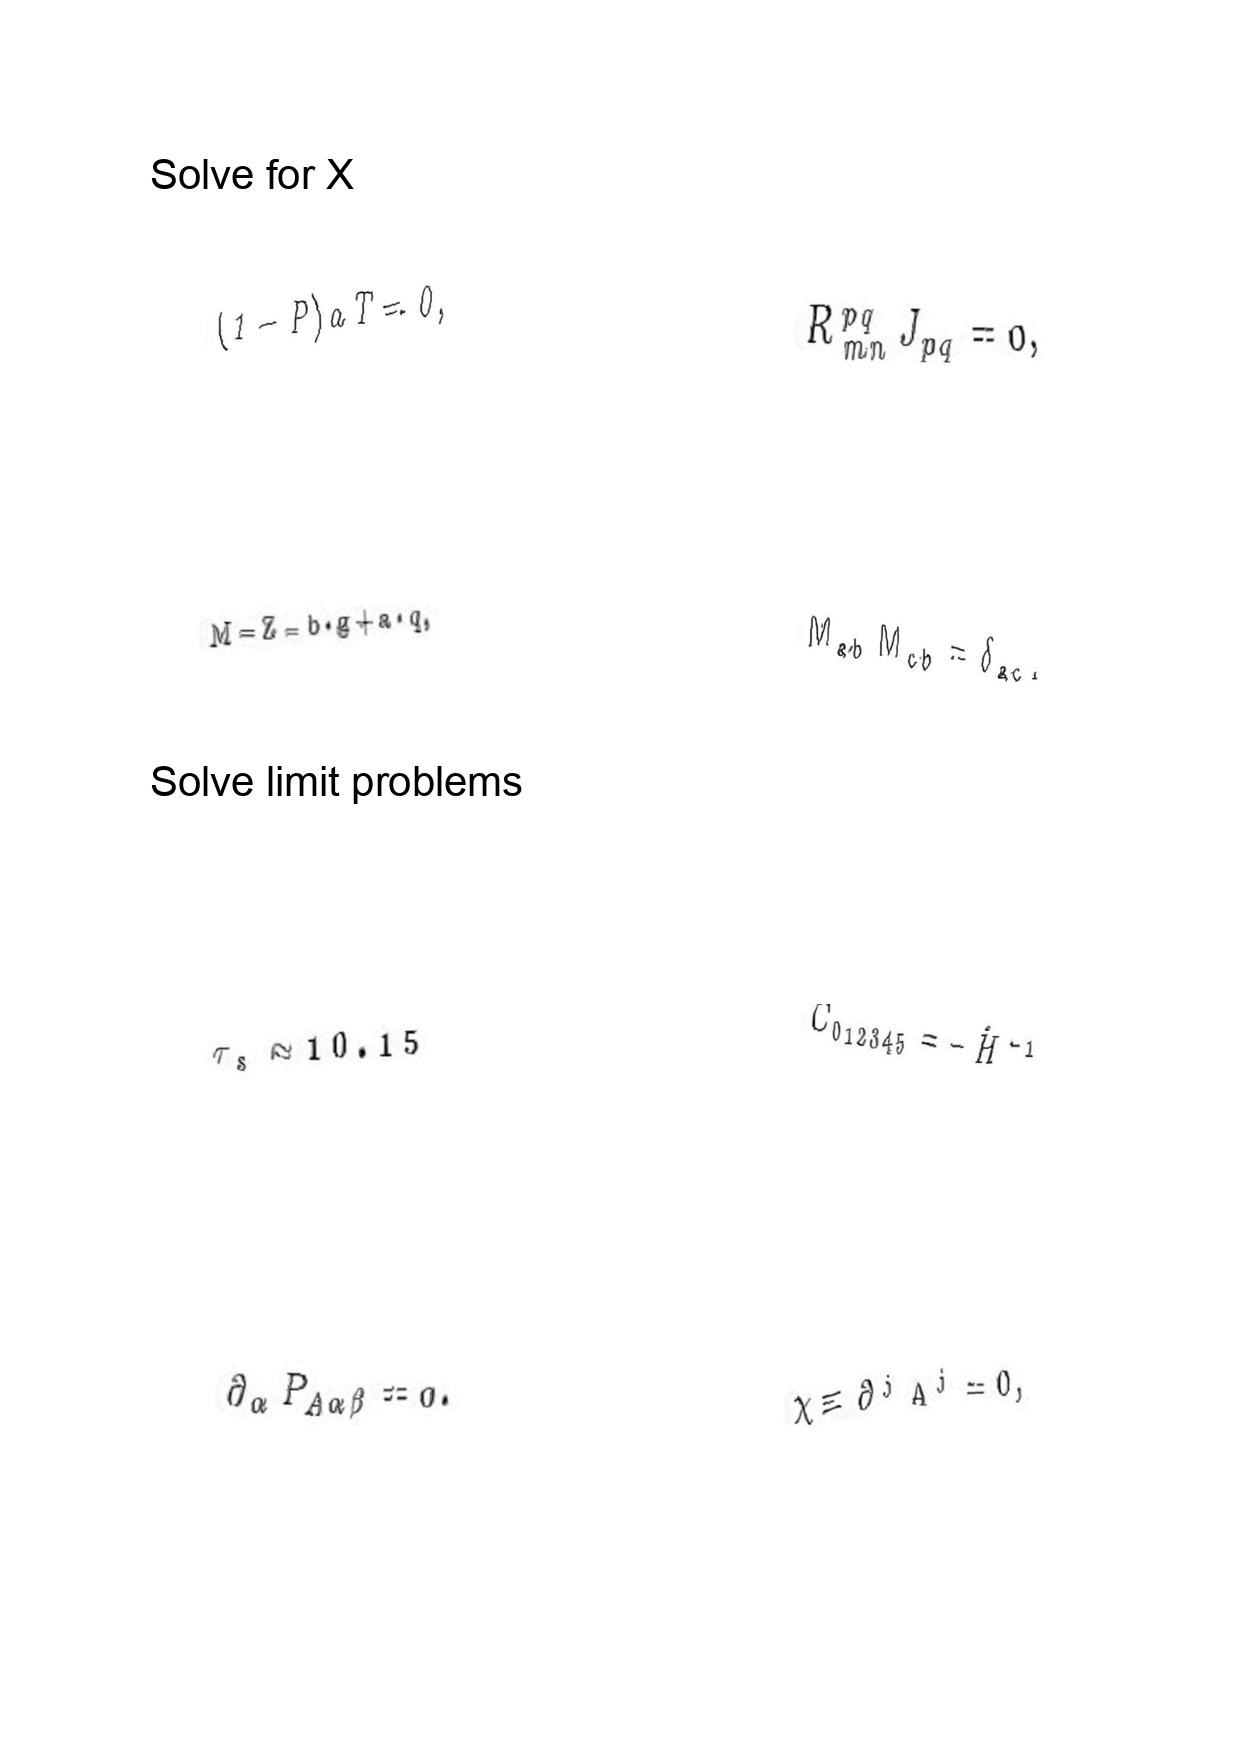
LaTeX transcription:
\lparen 1 - P \rparen a T = 0 ,
M = Z = b \cdot g + a \cdot q ,
\tau _ { s } \approx 1 0 . 1 5
\partial _ { \alpha } P _ { A \alpha \beta } = 0 .
\tilde { R } _ { m n } ^ { p q } J _ { p q } = 0 ,
M _ { a b } M _ { c b } = \delta _ { a c } ,
C _ { 0 1 2 3 4 5 } = - \hat { H } ^ { - 1 }
\chi \equiv \partial ^ { j } A ^ { j } = 0 ,